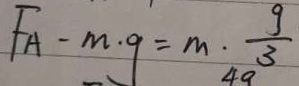
F _ { A } - m \cdot q = m \cdot \frac { 9 } { 3 }